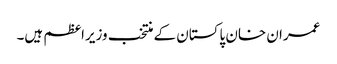
عمران خان پاکستان کے منتخب وزیراعظم ہیں۔